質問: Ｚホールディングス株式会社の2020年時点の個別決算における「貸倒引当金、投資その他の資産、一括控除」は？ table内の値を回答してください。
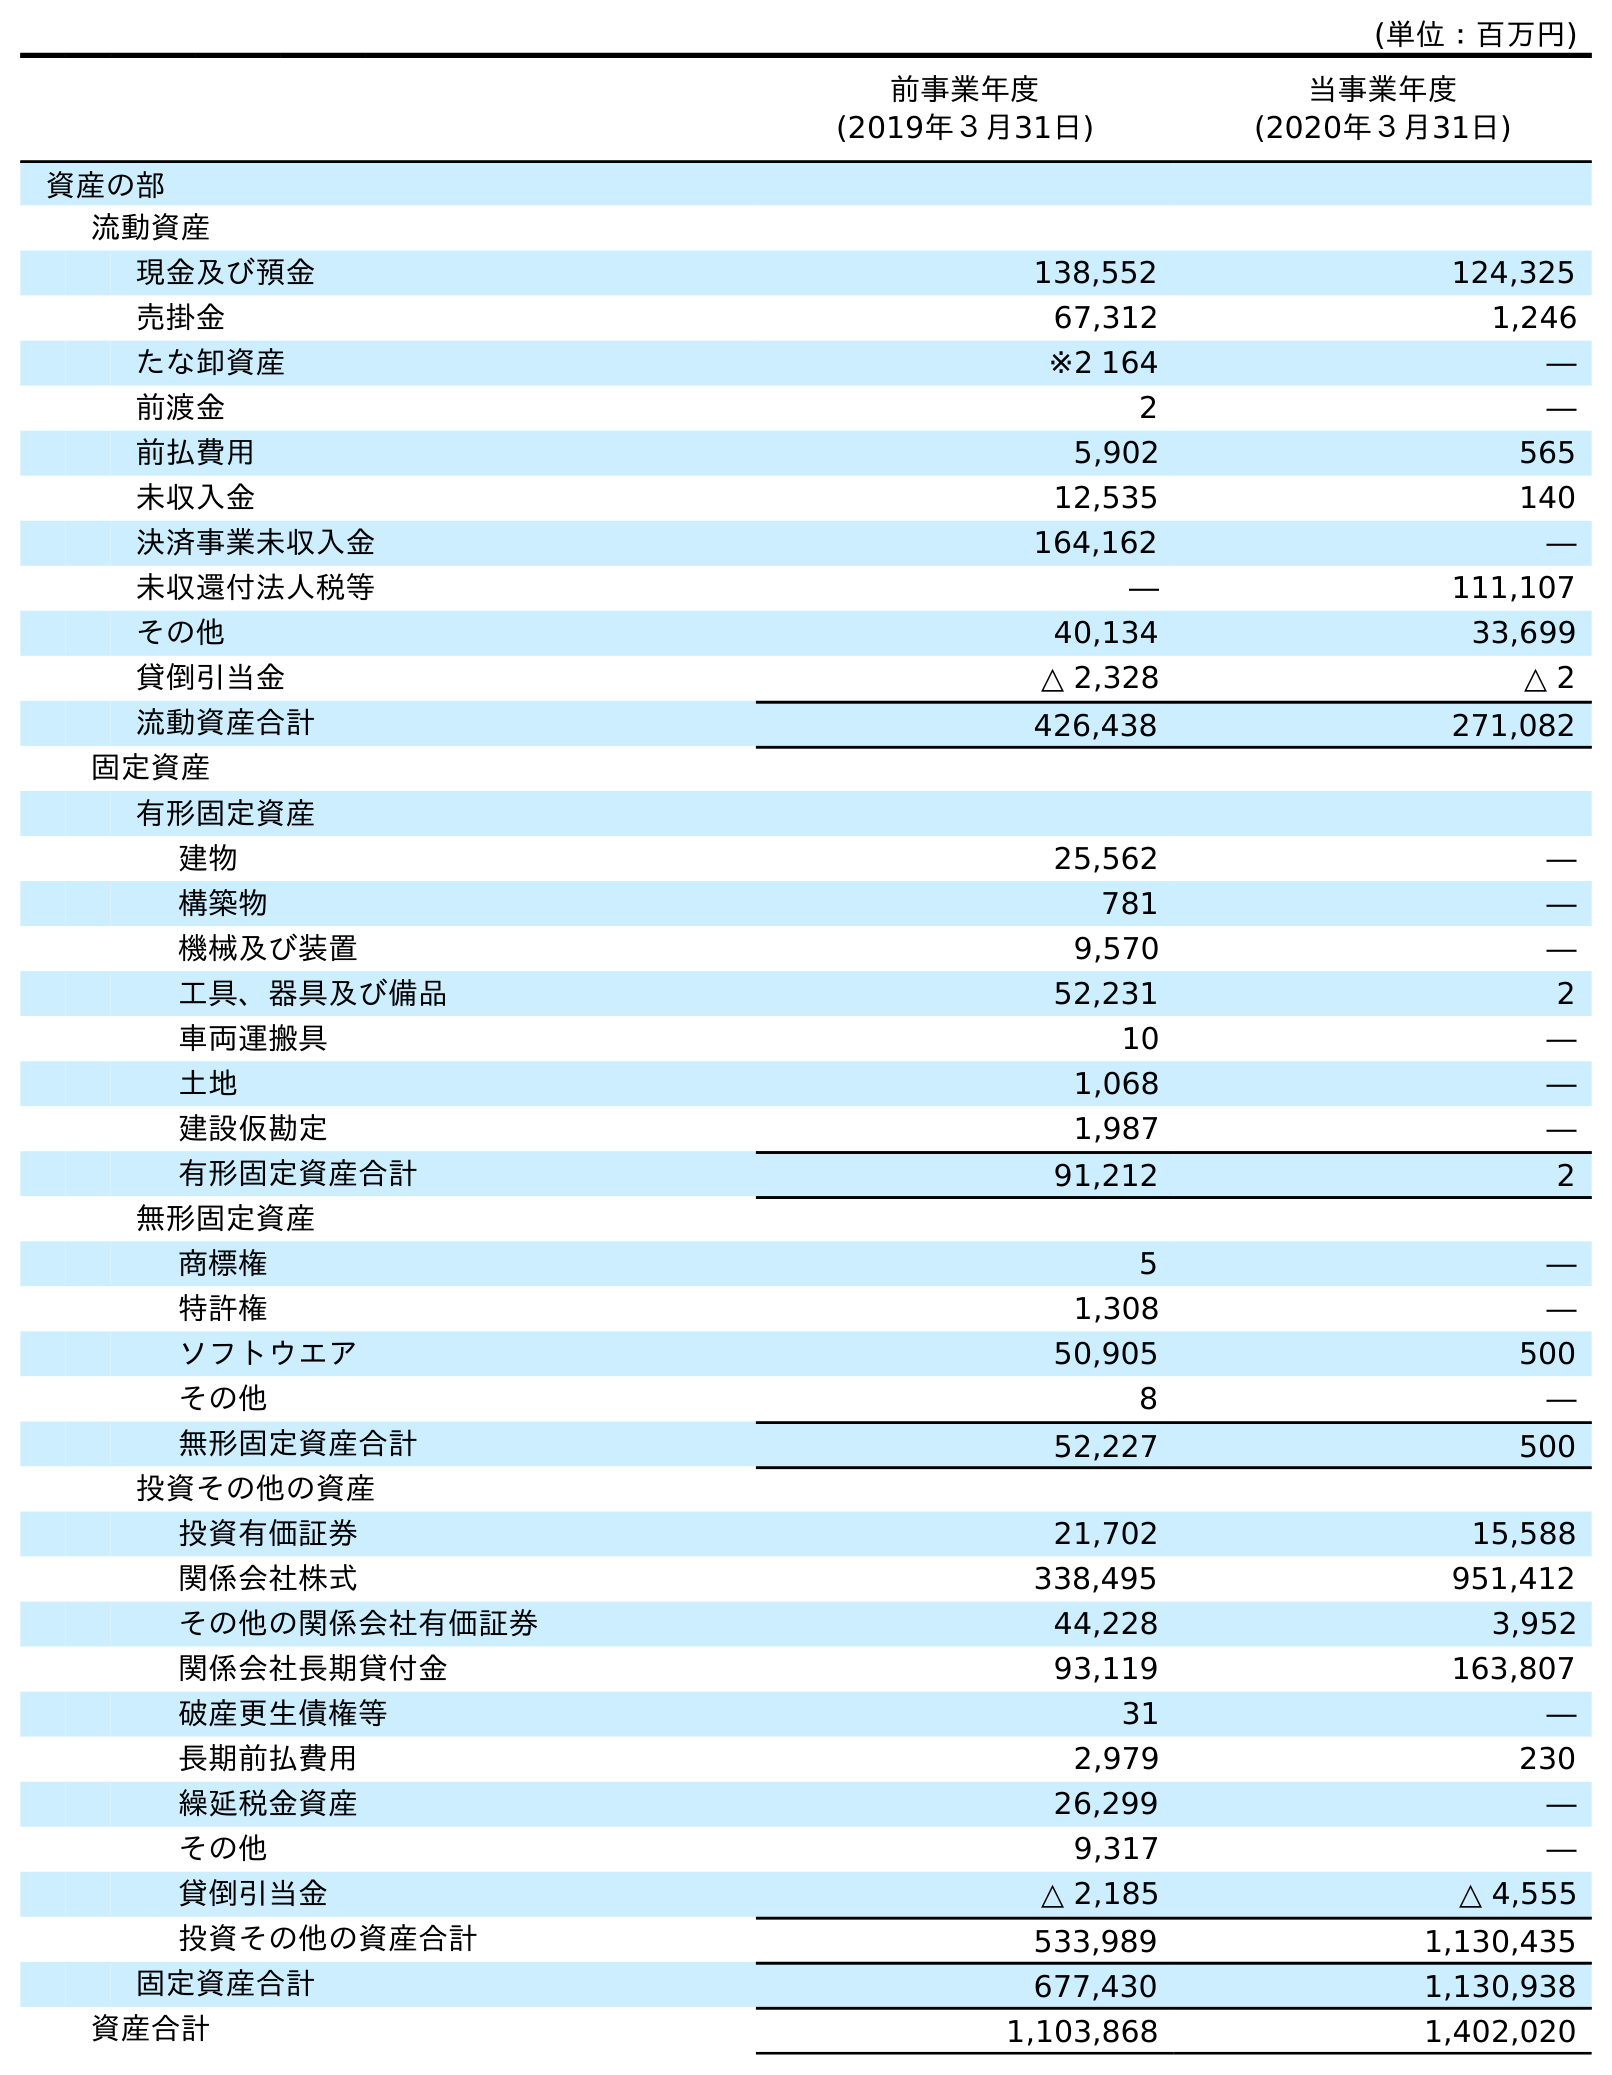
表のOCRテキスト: (単位：百万円) 前事業年度 (2019年３月31日) 当事業年度 (2020年３月31日) 資産の部 流動資産 現金及び預金 138,552 124,325 売掛金 67,312 1,246 たな卸資産 ※2 164 ― 前渡金 2 ― 前払費用 5,902 565 未収入金 12,535 140 決済事業未収入金 164,162 ― 未収還付法人税等 ― 111,107 その他 40,134 33,699 貸倒引当金 △ 2,328 △ 2 流動資産合計 426,438 271,082 固定資産 有形固定資産 建物 25,562 ― 構築物 781 ― 機械及び装置 9,570 ― 工具、器具及び備品 52,231 2 車両運搬具 10 ― 土地 1,068 ― 建設仮勘定 1,987 ― 有形固定資産合計 91,212 2 無形固定資産 商標権 5 ― 特許権 1,308 ― ソフトウエア 50,905 500 その他 8 ― 無形固定資産合計 52,227 500 投資その他の資産 投資有価証券 21,702 15,588 関係会社株式 338,495 951,412 その他の関係会社有価証券 44,228 3,952 関係会社長期貸付金 93,119 163,807 破産更生債権等 31 ― 長期前払費用 2,979 230 繰延税金資産 26,299 ― その他 9,317 ― 貸倒引当金 △ 2,185 △ 4,555 投資その他の資産合計 533,989 1,130,435 固定資産合計 677,430 1,130,938 資産合計 1,103,868 1,402,020
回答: △4,555